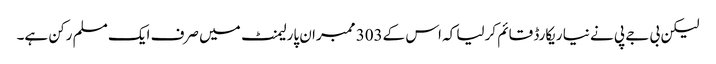
لیکن بی جے پی نے نیا ریکارڈ قائم کرلیا کہ اس کے303 ممبران پارلیمنٹ میں صرف ایک مسلم رکن ہے۔